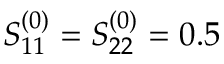
S _ { 1 1 } ^ { ( 0 ) } = S _ { 2 2 } ^ { ( 0 ) } = 0 . 5